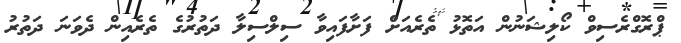
ޕްރޮގްރެސިވް ކޯލިޝަނުން އަތޮޅު ތެރެއަށް ފަށާފައިވާ ސިލްސިލާ ދަތުރުގެ ތެރެއިން ދެވަނަ ދަތުރު